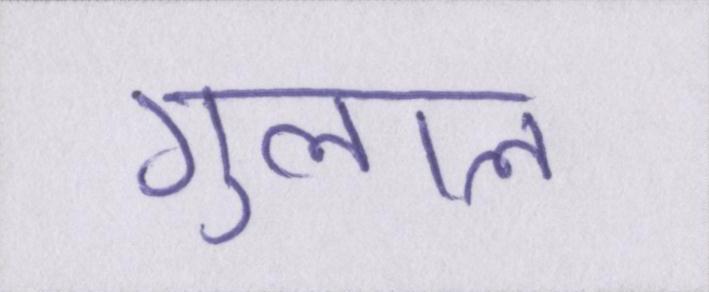
गुलाल